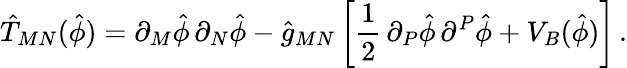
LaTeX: \hat{T}_{MN}(\hat{\phi})=\partial_{M}\hat{\phi}\, \partial_{N}\hat{\phi}-\hat{g}_{MN}\, \biggl[\frac{1}{2}\, \partial_{P}\hat{\phi}\, \partial^{P}\hat{\phi}+V_{B}(\hat{\phi})\biggl]\, .